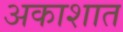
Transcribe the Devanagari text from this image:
अकाशात